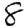
Digit: 8